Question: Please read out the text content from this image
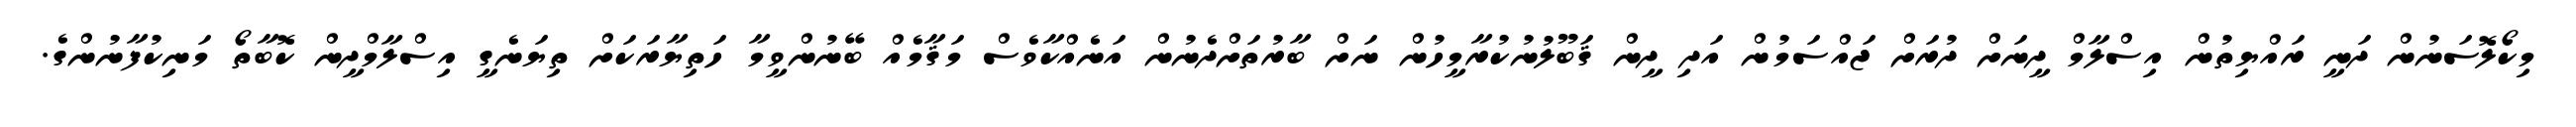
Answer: މިކޯލޮސަނުން ދަނީ ރައްޔިތުން އިސްލާމް ދީނަށް ދުރަށް ޖައްސަމުން އަދި ދީން ޤަބޫލުނުކުރާމީހުން ނަށް ބާރުތަށްދެނުން އަނެއްކާވެސް މަޤާމެއް ބޭނުންވީމާ ހަތިޔާރަކަށް ތިޔަނެގީ އިސްލާމްދީން ކޮބާތޯ މަނިކުފާނުންގެ.